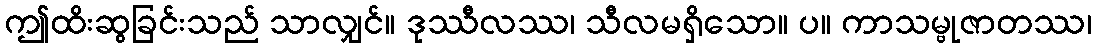
ဤထိးဆွခြင်းသည် သာလျှင်။ ဒုဿီလဿ၊ သီလမရှိသော။ ပ။ ကာသမ္ဗုဇာတဿ၊